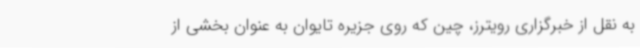
به نقل از خبرگزاری رویترز، چین که روی جزیره تایوان به عنوان بخشی از